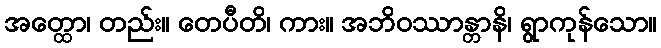
အတ္ထော၊ တည်း။ တေပီတိ၊ ကား။ အဘိဝဿာန္တာနိ၊ ရွာကုန်သော။